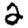
Digit: 2